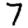
Digit: 7